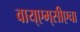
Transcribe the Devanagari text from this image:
वाय्‌एम्‌सीएचा